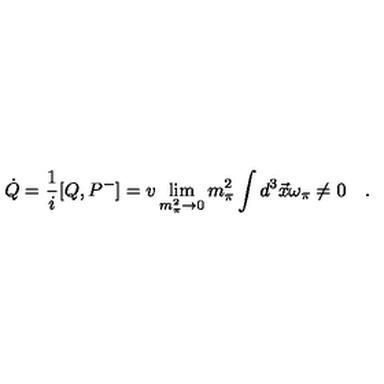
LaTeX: \dot { Q } = \frac { 1 } { i } [ Q , P ^ { - } ] = v \lim _ { m _ { \pi } ^ { 2 } \rightarrow 0 } m _ { \pi } ^ { 2 } \int d ^ { 3 } \vec { x } \omega _ { \pi } \neq 0 \quad .